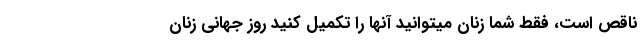
ناقص است، فقط شما زنان میتوانید آنها را تکمیل کنید روز جهانی زنان